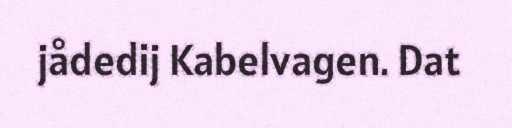
jådedij Kabelvagen. Dat